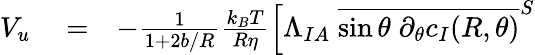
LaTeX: \begin{array}{rlr}{V_{u}}&{{}=}&{-\frac{1}{1+2b/R}\frac{k_{B}T}{R\eta}\Big[\Lambda_{IA}\; \overline{{\sin\theta\; \partial_{\theta}c_{I}(R,\theta)}}^{S}}\end{array}